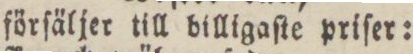
förſäljer till billigaſte priſer: